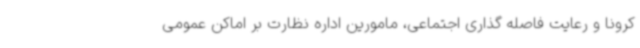
کرونا و رعایت فاصله گذاری اجتماعی، مامورین اداره نظارت بر اماکن عمومی